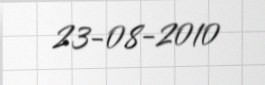
23-08-2010